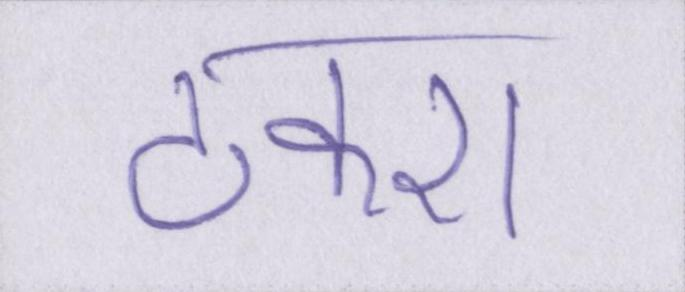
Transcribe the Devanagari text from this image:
टकरा